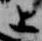
上